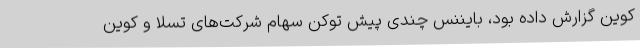
کوین گزارش داده بود، بایننس چندی پیش توکن سهام شرکت‌های تسلا و کوین